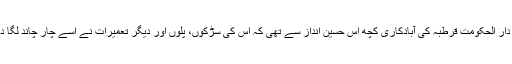
سپین کے دارُ الحکومت قرطبہ کی آبادکاری کچھ اِس حسین انداز سے تھی کہ اُس کی سڑکوں، پلوں اور دیگر تعمیرات نے اُسے چار چاند لگا دیئے تھے۔